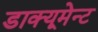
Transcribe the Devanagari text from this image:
डाक्यूमेन्ट